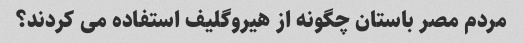
مردم مصر باستان چگونه از هیروگلیف استفاده می کردند؟